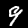
Digit: 9